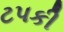
ટપકી